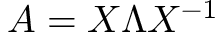
A = X \Lambda X ^ { - 1 }